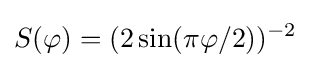
S(\varphi )=(2\sin(\pi \varphi /2))^{-2}